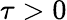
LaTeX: \tau>0